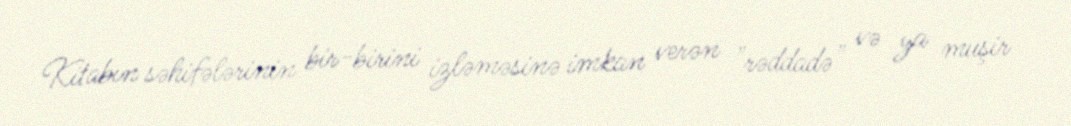
Kitabın səhifələrinin bir-birini izləməsinə imkan verən "rəddadə" və ya muşir